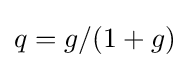
q=g/(1+g)